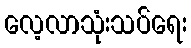
လေ့လာသုံးသပ်ရေး